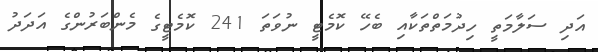
އަދި ސަލާމަތީ ހިދުމަތްތަކާއި ބެހޭ ކޮމެޓީ ނުވަތަ 241 ކޮމެޓީގެ މެންބަރުންގެ އަދަދު